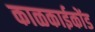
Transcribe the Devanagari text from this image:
काळकाईकोंड